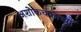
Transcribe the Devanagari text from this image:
अशोकचक्राच्या